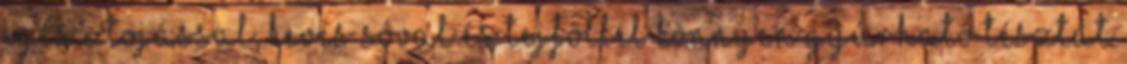
egész tojással, kevés sóval és tejföllel könnyen gyúrható tésztát